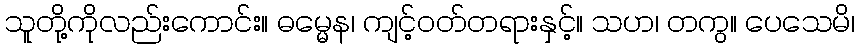
သူတို့ကိုလည်းကောင်း။ ဓမ္မေန၊ ကျင့်ဝတ်တရားနှင့်။ သဟ၊ တကွ။ ပေသေမိ၊